Civil Veterinary Department. Central Provinces & Berar 1925-31 - 1925-1931
Year: 1925
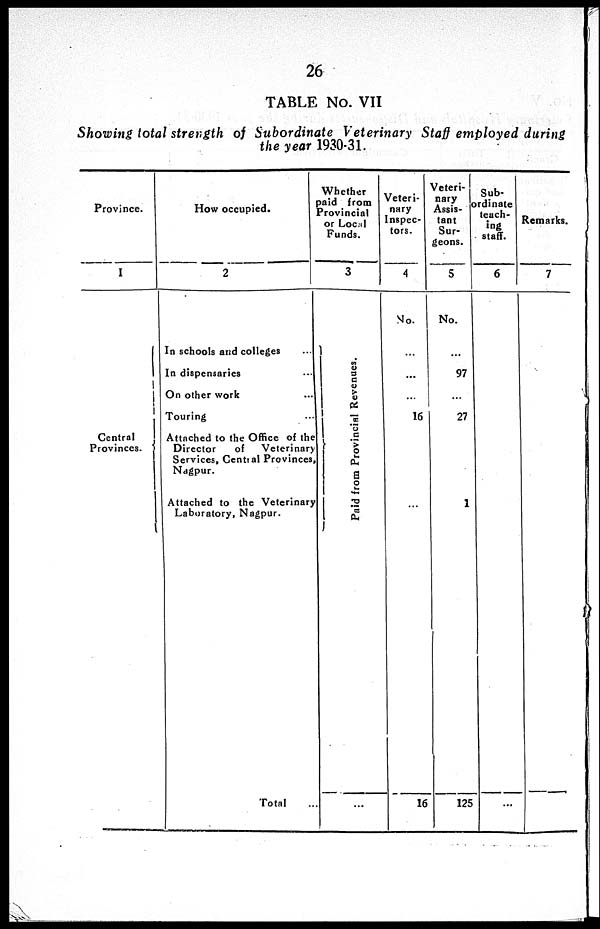
26
TABLE No. VII
Showing total strength of Subordinate Veterinary Staff employed during
the year 1930-31.
Province.
1
Central
Provinces.
How occupied.
2
In schools and colleges ...
In dispensaries ...
On other work ...
Touring
...
Attached to the Office of the
Director
of
Veterinary
Services, Central Provinces,
Nagpur.
Attached to the Veterinary
Laboratory, Nagpur.
Total ...
Whether
paid from
Provincial
or Local
Funds.
3
Paid f
r
om Pr o v i n c i a l Re ve nue s .
...
Veteri-
nary
Inspec-
tors.
4
No.
...
...
...
16
...
16
Veteri-
Assis-
tant
Sur-
geons.
5
No.
...
97
...
27
1
125
Sub-
ordinate
teach-
ing
staff.
6
...
Remarks.
7